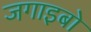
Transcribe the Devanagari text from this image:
जगाइबो